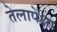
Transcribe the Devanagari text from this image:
तेलापेक्षा